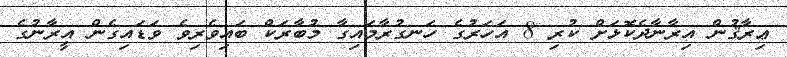
ޢިރާޤުން އިރާނާދެކޮޅަށް ކުރި 8 އަހަރުގެ ހަނގުރާމައިގާ މުބާރަކް ބައިވެރިވެ ވަޑައިގެން އީރާނުގެ